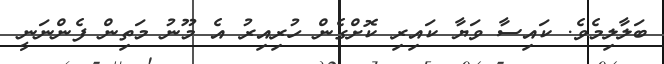
ބަލާލިމެވެ. ކައިސާ ވަޔާ ކައިރި ކޮށްގެން ހުރިއިރު އެ މޫނު މަތިން ފެންނަނީ